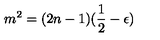
m ^ { 2 } = ( 2 n - 1 ) ( \frac { 1 } { 2 } - \epsilon )